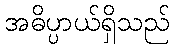
အဓိပ္ပာယ်ရှိသည်